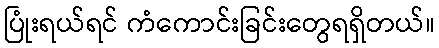
ပြုံးရယ်ရင် ကံကောင်းခြင်းတွေရရှိတယ်။